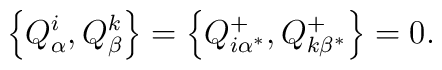
\left\{ Q_\alpha ^i,Q_\beta ^k\right\} =\left\{ Q_{i\alpha^{*}}^{+},Q_{k\beta ^{*}}^{+}\right\} =0.